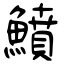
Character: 鱝